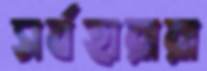
সর্বহারারা